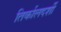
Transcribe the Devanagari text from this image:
तिर्कालदर्शी